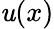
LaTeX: \mathit{u}(x)